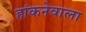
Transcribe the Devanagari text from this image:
हांकनेवाला